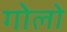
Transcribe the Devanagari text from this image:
गोलो